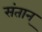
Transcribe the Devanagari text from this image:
संतान्